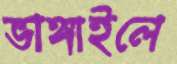
ভাঙ্গাইলে